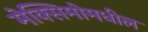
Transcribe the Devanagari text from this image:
मेक्सिमोमधील